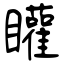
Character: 矔